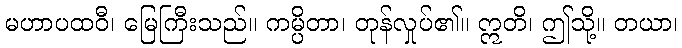
မဟာပထဝီ၊ မြေကြီးသည်။ ကမ္ပိတာ၊ တုန်လှုပ်၏။ ဣတိ၊ ဤသို့။ တယာ၊